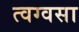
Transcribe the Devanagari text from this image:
त्वग्वसा